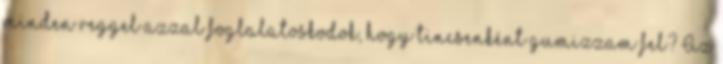
minden reggel azzal foglalatoskodok, hogy tincsenként gumizzam fel? Az